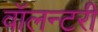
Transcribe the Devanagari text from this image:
वॉलन्टरी